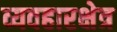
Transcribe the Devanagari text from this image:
व्यवहारक्षेत्र